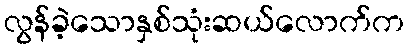
လွန်ခဲ့သောနှစ်သုံးဆယ်လောက်က